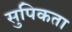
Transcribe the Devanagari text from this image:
सुपिकता